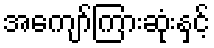
အကျော်ကြားဆုံးနှင့်